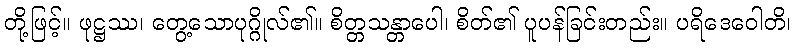
တို့ဖြင့်။ ဖုဋ္ဌဿ၊ တွေ့သောပုဂ္ဂိုလ်၏။ စိတ္တသန္တာပေါ၊ စိတ်၏ ပူပန်ခြင်းတည်း။ ပရိဒေဝေါတိ၊